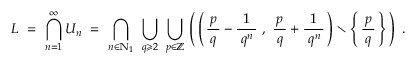
~ L ~ = ~ \bigcap _ { n = 1 } ^ { \infty } U _ { n } ~ = ~ \bigcap _ { n \in \mathbb { N } _ { 1 } } ~ \bigcup _ { q \geqslant 2 } ~ \bigcup _ { p \in \mathbb { Z } } \, \left( \, \left( \, { \frac { \, p \, } { q } } - { \frac { 1 } { \; q ^ { n } \, } } ~ , ~ { \frac { \, p \, } { q } } + { \frac { 1 } { \; q ^ { n } \, } } \, \right) \setminus \left\{ \, { \frac { \, p \, } { q } } \, \right\} \, \right) ~ .